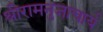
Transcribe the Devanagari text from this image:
श्रीरामनुजाचार्य